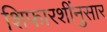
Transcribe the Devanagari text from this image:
शिफारशींनुसार